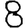
Digit: 8